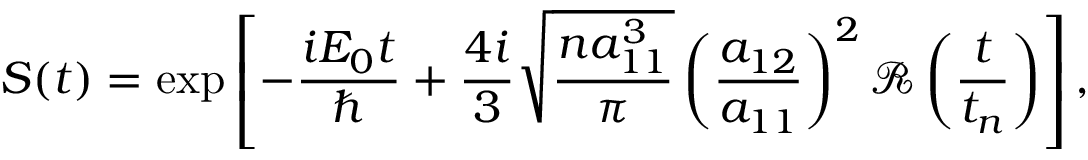
S ( t ) = \exp \left[ - \frac { i E _ { 0 } t } { \hbar } + \frac { 4 i } { 3 } \sqrt { \frac { n a _ { 1 1 } ^ { 3 } } { \pi } } \left( \frac { a _ { 1 2 } } { a _ { 1 1 } } \right) ^ { 2 } \mathcal { R } \left( \frac { t } { t _ { n } } \right) \right] ,